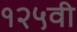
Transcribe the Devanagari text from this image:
१२५वी